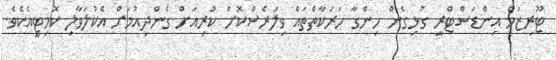
ޓޫރިޒަމް އިންޑަސްޓްރީ ގުޅިގެން ހިންގާ ހަރަކާތްތައް ވިލަރެސްކޮށް ކުރިއަށް ގެންދިއުމަށް އެކުލަވާލި ކޮމިޓީއެކެވެ.